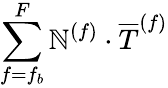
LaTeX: \sum_{f=f_{b}}^{F}\mathbb{N}^{(f)}\cdot\overline{{{T}}}^{(f)}